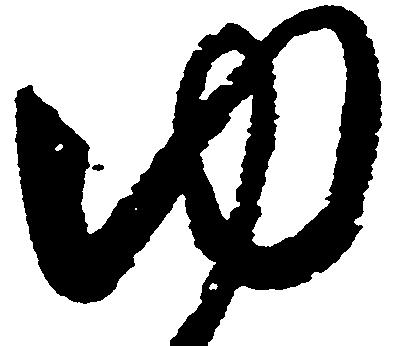
ゆ